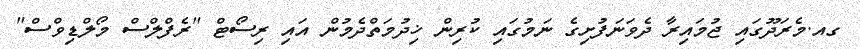
ގއ.މެރަދޫގައި ޖުމައިރާ ދެވަނަފުށިގެ ނަމުގައި ކުރިން ޚިދުމަތްދެމުން އައި ރިސޯޓް "ރެފްލްސް މޯލްޑިވްސް"